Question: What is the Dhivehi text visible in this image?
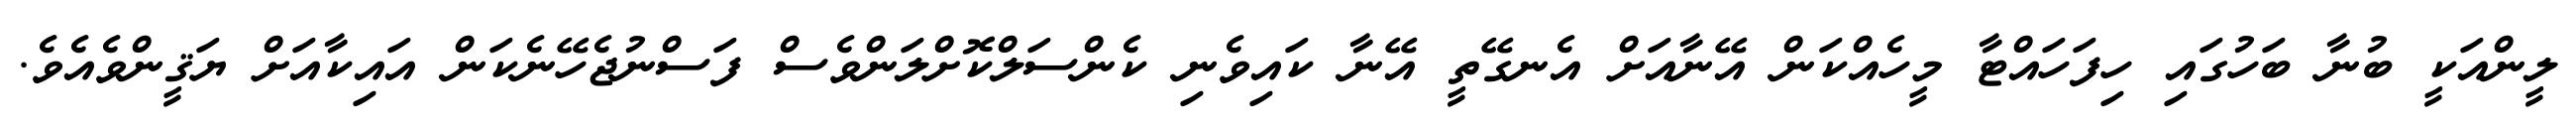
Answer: ލީންއަކީ ބުނާ ބަހުގައި ހިފަހައްޓާ މީހެއްކަން އޭނާއަށް އެނގޭތީ އޭނާ ކައިވެނި ކެންސަލްކޮށްލަންވެސް ފަސްނުޖެހޭނެކަން އައިކާއަށް ޔަޤީންވެއެވެ.